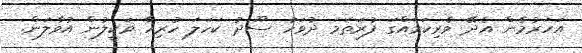
އަހަރުމެން އެދޭ ވެރިކަމެއްގަ ފުރަތަމަ ދުވަހު ސޫދު ކަހަލަ ހުރިހާ ވަކީލުން އުވާލަން.